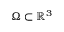
\Omega \subset \mathbb { R } ^ { 3 }